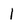
Character: l